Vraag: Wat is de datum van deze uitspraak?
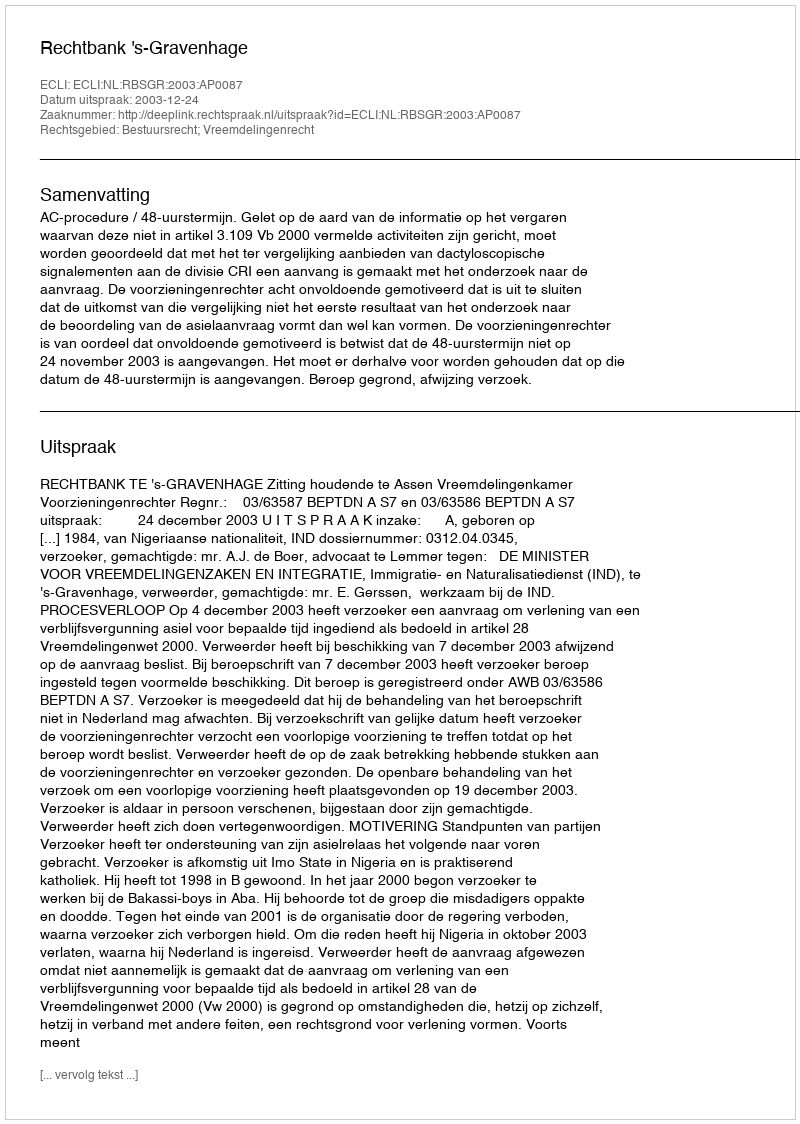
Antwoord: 2003-12-24